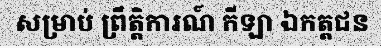
សម្រាប់ ព្រឹត្តិការណ៍ កីឡា ឯកត្តជន